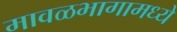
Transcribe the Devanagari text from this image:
मावळभागामध्ये